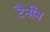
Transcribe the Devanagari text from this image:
टैनीन